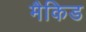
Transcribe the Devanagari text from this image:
मैकिड